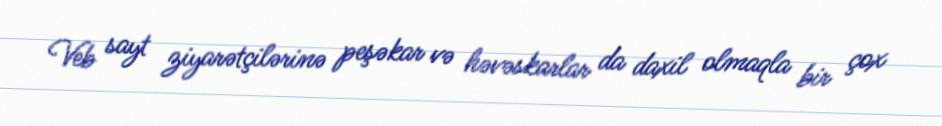
Veb sayt ziyarətçilərinə peşəkar və həvəskarlar da daxil olmaqla bir çox